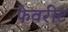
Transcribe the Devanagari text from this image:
फेवरीट